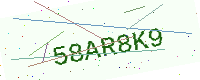
Text: 58AR8K9